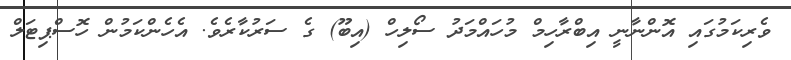
ވެރިކަމުގައި އޮންނާނީ އިބްރާހިމް މުހައްމަދު ސޯލިހް (އިބޫ) ގެ ސަރުކާރެވެ. އެހެންކަމުން ހޮސްޕިޓަލް